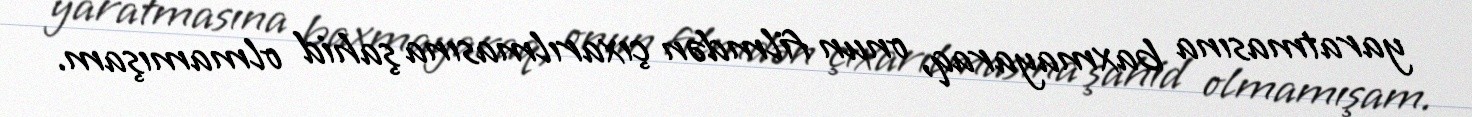
yaratmasına baxmayaraq, onun filmdən çıxarılmasına şahid olmamışam.